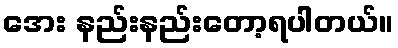
အေး နည်းနည်းတော့ရပါတယ်။